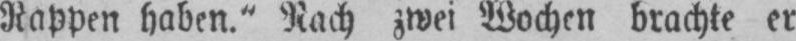
Rappen haben.“ Nach zwei Wochen brachte er